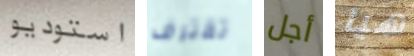
استوديو تقترف أجل هيا